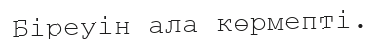
Біреуін ала көрмепті.